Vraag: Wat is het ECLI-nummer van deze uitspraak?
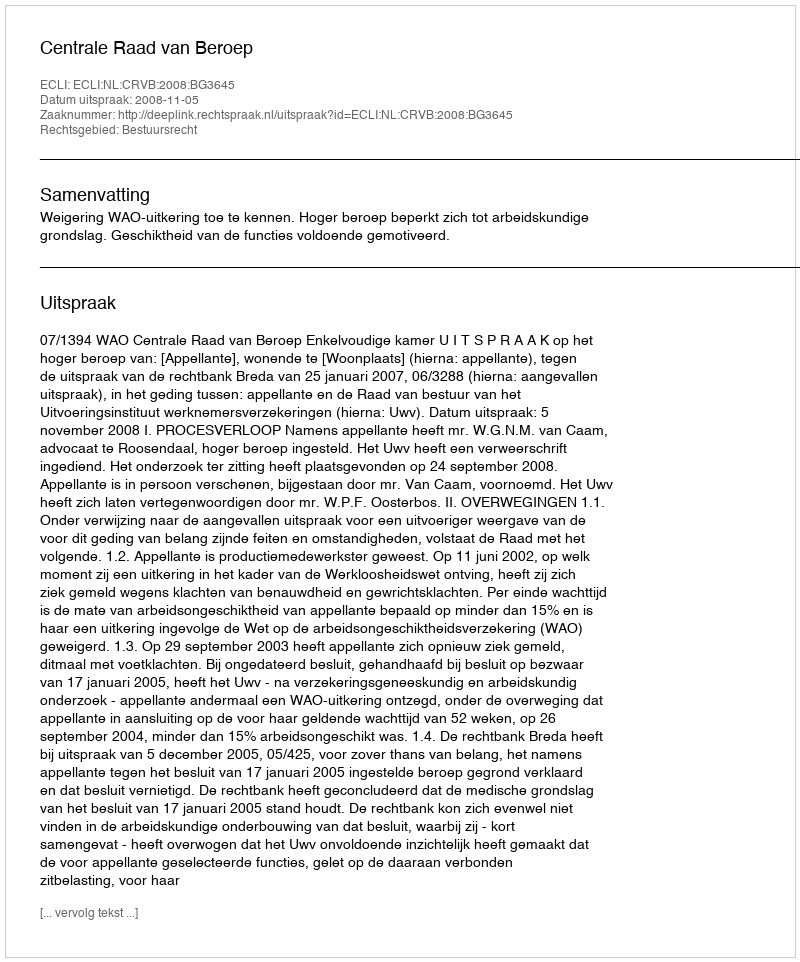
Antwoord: ECLI:NL:CRVB:2008:BG3645